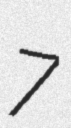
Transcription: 7